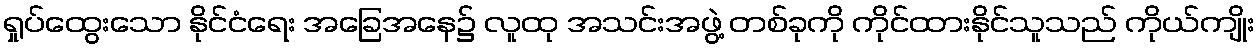
ရှုပ်ထွေးသော နိုင်ငံရေး အခြေအနေ၌ လူထု အသင်းအဖွဲ့ တစ်ခုကို ကိုင်ထားနိုင်သူသည် ကိုယ်ကျိုး